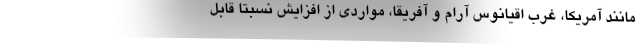
مانند آمریکا، غرب اقیانوس آرام و آفریقا، مواردی از افزایش نسبتا قابل